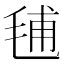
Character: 𣭾